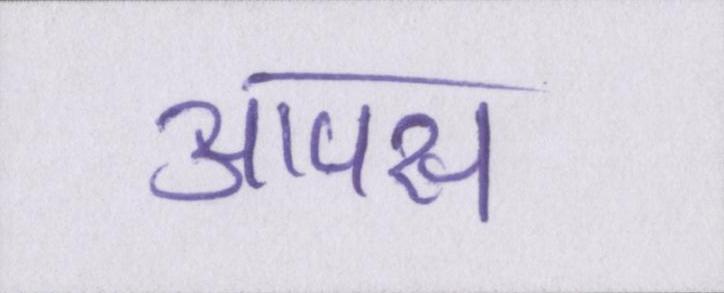
आपस